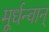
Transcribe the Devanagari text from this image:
मूर्धन्वान्